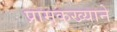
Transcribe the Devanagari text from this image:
प्रामुकख्याने